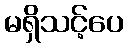
မရှိသင့်ပေ